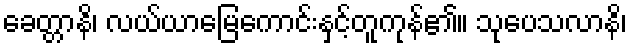
ခေတ္တာနိ၊ လယ်ယာမြေကောင်းနှင့်တူကုန်၏။ သုပေသလာနိ၊